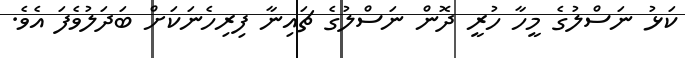
ކަޅު ނަސްލުގެ މީހާ ހުރީ ދޮން ނަސްލުގެ ޗައިނާ ފިރިހެނަކަށް ބަދަލުވެފަ އެވެ.